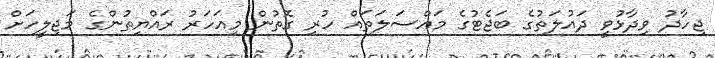
ޖިހާދު ވިދާޅުވީ ދައުލަތުގެ ބަޖެޓުގެ މައްސަލަތައް ހުރި ގޮތުން މިއަހަރު ރައްޔިތުންގެ މަޖިލީހަށް